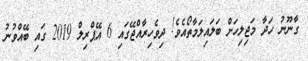
ގާނޫނު ހަދާ މަޖިލިހަށް ބަލައިލަމާތޯއެވެ! ދިވެހިރާއްޖޭގައި 6 އޭޕްރިލް 2019 ގައި ބޭއްވުނު